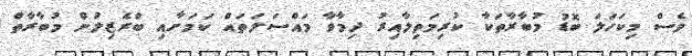
ވެސް މިކަހަލަ ބޮޑު މުބާރާތަކާ ކުރިމަތިލާއިރު ދިމާވާ މައްސަލަތައް ކަމަށާއި ބްރެޒިލުން މުބާރާތް